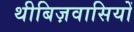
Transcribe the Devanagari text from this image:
थीबिज़वासियों